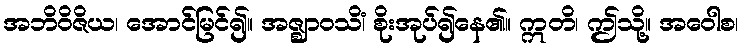
အဘိဝိဇိယ၊ အောင်မြင်၍။ အဇ္ဈာဝသိံ၊ စိုးအုပ်၍နေ၏။ ဣတိ၊ ဤသို့။ အဝေါစ၊